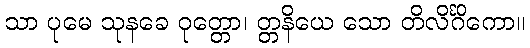
သာ ပုမေ သုနခေ ဝုတ္တော၊ တ္တနိယေ သော တိလိင်္ဂိကော။